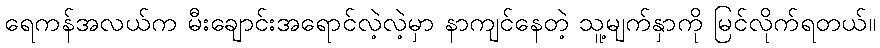
ရေကန်အလယ်က မီးချောင်းအရောင်လဲ့လဲ့မှာ နာကျင်နေတဲ့ သူ့မျက်နှာကို မြင်လိုက်ရတယ်။